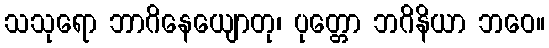
သသုရော ဘာဂိနေယျောတု၊ ပုတ္တော ဘဂိနိယာ ဘဝေ။